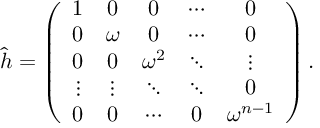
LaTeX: \hat { h } = \left( \begin{array} { c c c c c } { { 1 } } & { { 0 } } & { { 0 } } & { { \cdots } } & { { 0 } } \\ { { 0 } } & { { \omega } } & { { 0 } } & { { \cdots } } & { { 0 } } \\ { { 0 } } & { { 0 } } & { { \omega ^ { 2 } } } & { { \ddots } } & { { \vdots } } \\ { { \vdots } } & { { \vdots } } & { { \ddots } } & { { \ddots } } & { { 0 } } \\ { { 0 } } & { { 0 } } & { { \cdots } } & { { 0 } } & { { \omega ^ { n - 1 } } } \end{array} \right) .